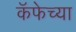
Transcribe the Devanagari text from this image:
कॅफेच्या